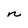
Character: n